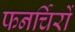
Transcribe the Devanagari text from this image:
फनर्चिरों